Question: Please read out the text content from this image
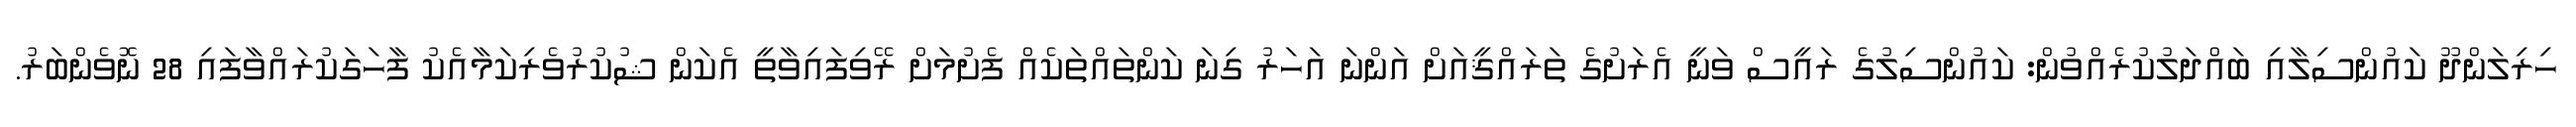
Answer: ހިރިލަންދޫ ކައުންސިލާއި ބައްދަލުކުރެއްވުން: ކައުންސިލުގެ ރައީސް ވަނީ އެރަށުގެ ތަރައްޤީއަށް އަންނަ އަހަރު ގިނަ ކަންތައްތަކެއް ފެށުމަށް ރޭވިފައިވާތީ އެކަން ޝުކުރުވެރިކަމާއެކު ފާހަގަކުރައްވާފައި 28 ނޮވެންބަރު.